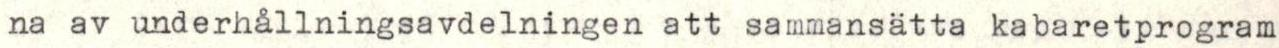
na av underhållningsavdelningen att sammansätta kabaretprogram